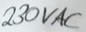
Text: 230VAC